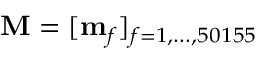
\mathbf { M } = [ \mathbf { m } _ { f } ] _ { f = 1 , \ldots , 5 0 1 5 5 }